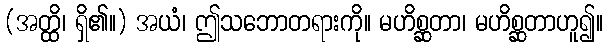
(အတ္ထိ၊ ရှိ၏။) အယံ၊ ဤသဘောတရားကို။ မဟိစ္ဆတာ၊ မဟိစ္ဆတာဟူ၍။